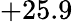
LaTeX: +25.9